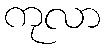
ကုလာ